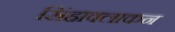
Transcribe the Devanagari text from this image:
सिंहावलाकन